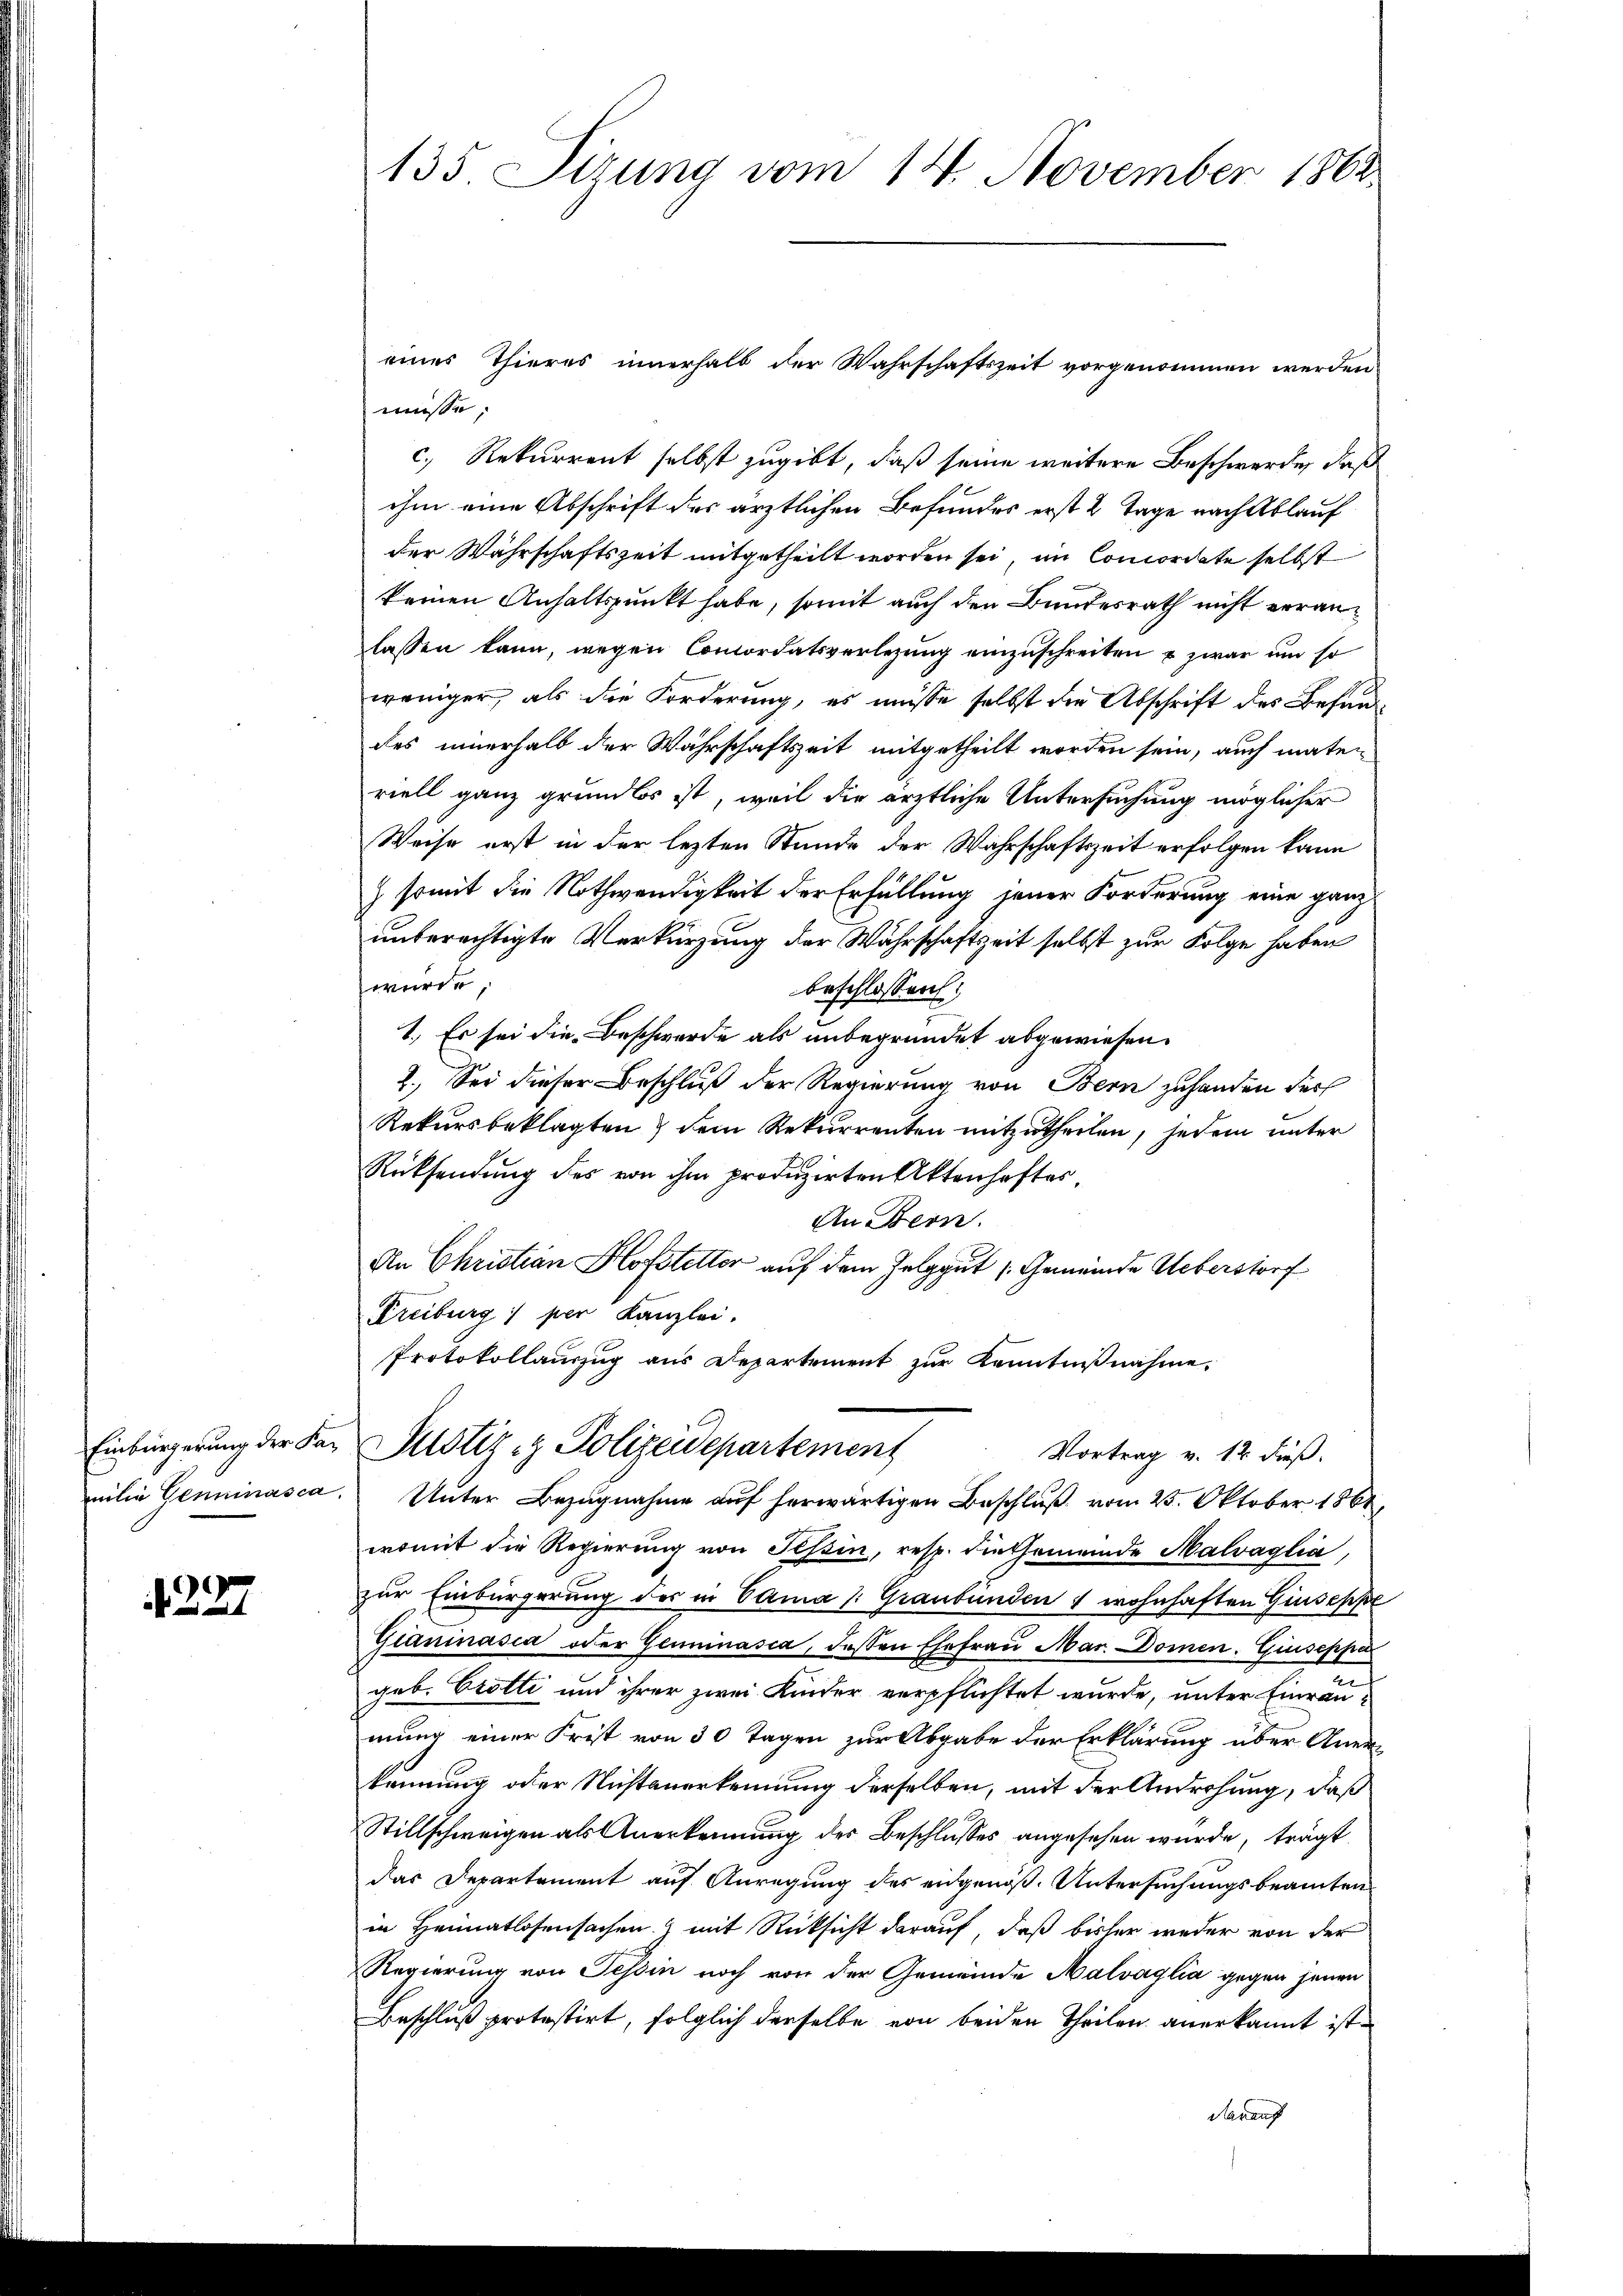
Einbürgerung der Familie Genninasca,

227

135 Sirung vom 14. November 1862.

eines Thieres innerhalb der Wahrschaftszeit vorgenommen werden
müsse;
c. Rekurrent selbst zugibt, daß seine weitere Beschwerde, daß
ihm eine Abschrift des ärztlichen Befundes erst 2 Tage nach Ablauf
der Währschaftszeit mitgetheilt worden sei, im Concordate selbst
keinen Anhaltspunkt habe, somit auch den Bundesrath nicht veranlassen kann, wegen Concordatsverlegung einzuschreiten u zwar um so
weniger, als die Forderung, es müsse selbst die Abschrift des Behand
des innerhalb der Währschaftszeit mitgetheilt worden sein, auch maten
riell ganz grundlos ist, weil die ärztliche Untersuchung möglicher
Weise erst in der lezten Stunde der Wahrschaftszeit erfolgen kann
) somit die Nothwendigkeit der Erfüllung jener Forderung eine ganz
unberechtigte Verkürzung der Währschaftseit selbst zur Folge haben
wurde,
beschlossen:
1.) Es sei die Beschwerde als unbegründet abgewiesen.
2.) Sei dieser Beschluß der Regierung von Bern zuhanden der
Rekursbeklagten & dem Rekurrenten mitzutheilen, jedem unter
Rücksendung des von ihm produzirten Aktenhaftes,
An Bern.
An Christian Hofstetter auf dem Zelggut (Gemeinde Ueberstorf
Freiburg) per Kanzlei.
Protokollauszug aus Departement zur Kenntnißnahme,
Justiz- & Polizeidepartement
Vortrag v. 12 dieß.
Unter Bezugnahme auf herwärtigen Beschluß vom 25. Oktober 1861
womit die Regierung von Tessin, resp. diesemeinde Malvaglia,
zur Einbürgerung des in Sama /: Graubünden 7 wohnhaften Giuseppe
Gianinasia oder Geminasca, dessen Ehefrau Mar. Domen. Giuseppe
geb. Brotti und ihrer zwei Kinder verpflichtet wurde, unter Einräumung einer Frist von 30 Tagen zur Abgabe der Erklärung über Anerkennung oder Nichtanerkennung derselben, mit der Androhung, daß
Stillschweigen als Anerkennung des Beschlusses angesehen wurde, trägt
das Departement auf Anregung des eidgenöß. Untersuchungsbeamten
in Heimatlosensachen) mit Rücksicht darauf, daß bisher weder von der
Regierung von Tessin noch von der Gemeinde Malvaglia gegen jenen
Beschluß protestirt, folglich derselbe von beiden Theilen anerkannt ist.
Darauf